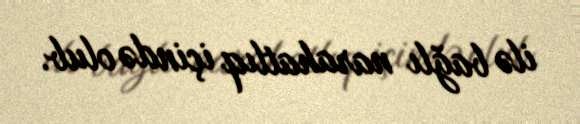
ilə bağlı narahatlıq içində olub.